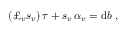
( \pounds _ { v } s _ { v } ) \, \tau + s _ { v } \, \alpha _ { v } = \mathrm { d } b \ ,